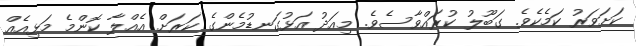
ކަށަވަރު ކަމެކެވެ. ގަބޫލު ކުރައްވާސެވެ. މިއަދު އަޅުގަނޑުމެންގެ ކަރަށް އެއްލާ ކޮންމެ މަޅިއެއް